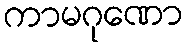
ကာမဂုဏော